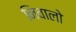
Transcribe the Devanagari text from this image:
निवालो